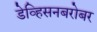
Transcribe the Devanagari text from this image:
डेव्हिसनबरोबर